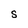
Character: S